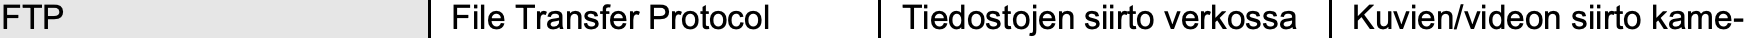
FTP            File Transfer Protocol Tiedostojen siirto verkossa Kuvien/videon siirto kame-